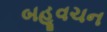
બહૂવચન